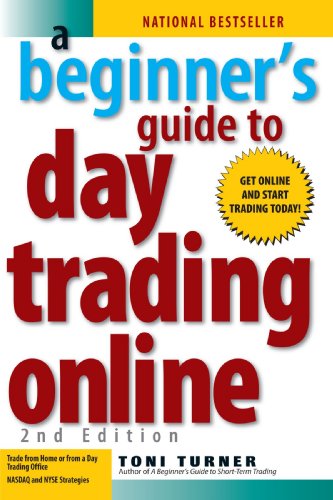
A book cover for A Beginner's Guide to Day Trading Online (2nd edition); Toni Turner; Business & Money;